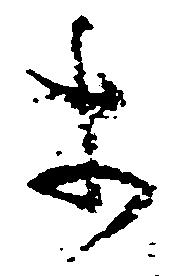
等